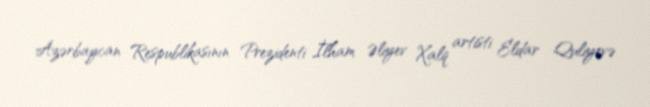
Azərbaycan Respublikasının Prezidenti İlham Əliyev Xalq artisti Eldar Quliyevə